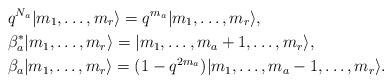
LaTeX: \begin{align*}& q^{N_{a}} | m_{1}, \ldots , m_{r} \rangle =q^{m_{a}}| m_{1}, \ldots , m_{r} \rangle, \\& \beta_{a}^{*} | m_{1}, \ldots , m_{r} \rangle =| m_{1}, \ldots , m_{a}+1 , \ldots , m_{r} \rangle, \\ &\beta_{a} | m_{1}, \ldots , m_{r} \rangle =(1-q^{2 m_{a}})| m_{1}, \ldots , m_{a}-1 , \ldots , m_{r} \rangle. \end{align*}